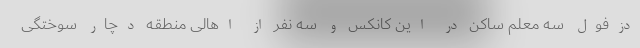
دزفول سه معلم ساکن در این کانکس و سه نفر از اهالی منطقه دچار سوختگی